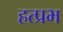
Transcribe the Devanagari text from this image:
हत्प्रभ